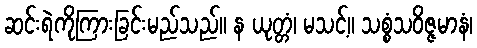
ဆင်းရဲကိုကြားခြင်းမည်သည်။ န ယုတ္တံ၊ မသင့်။ သစ္စံသဝိဇ္ဇမာနံ၊